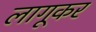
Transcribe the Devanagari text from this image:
लागूकर